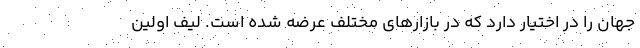
جهان را در اختیار دارد که در بازارهای مختلف عرضه شده است. لیف اولین